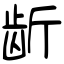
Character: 龂